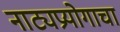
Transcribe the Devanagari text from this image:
नाट्यप्रयोगाचा